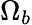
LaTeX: \Omega_{b}